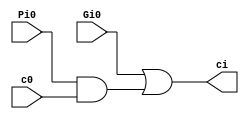
module CarryCell(ci, c0, Pi0, Gi0);
	input Pi0, Gi0, c0;
	output ci;
	
	assign ci = Gi0 | (Pi0 & c0);
	// c_i+1 = G_i:0 + P_i:0 and c0
endmodule